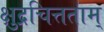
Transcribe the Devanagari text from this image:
क्षुद्रचित्तताम्